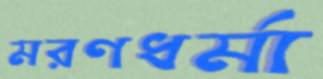
মরণধর্মা